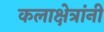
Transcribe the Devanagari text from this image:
कलाक्षेत्रांनी